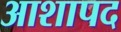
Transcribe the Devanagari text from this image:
आशापद